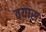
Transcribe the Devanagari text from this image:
वयास